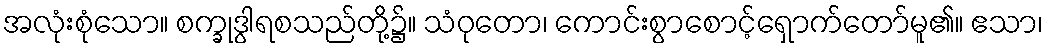
အလုံးစုံသော။ စက္ခုဒွါရစသည်တို့၌။ သံဝုတော၊ ကောင်းစွာစောင့်ရှောက်တော်မူ၏။ ဧသာ၊